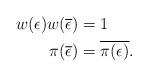
LaTeX: \begin{align*} w(\epsilon)w(\overline{\epsilon}) &= 1\ \\ \pi(\overline{\epsilon}) &= \overline{\pi(\epsilon)}.\end{align*}